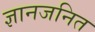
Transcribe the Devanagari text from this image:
ज्ञानजनित